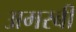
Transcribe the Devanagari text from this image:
अमरबी